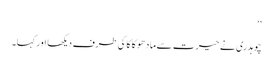
‘‘
چوہدری نے حیرت سے مادھو کاکا کی طرف دیکھا اور کہا۔